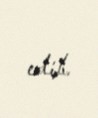
edib.